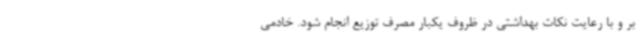
بر و با رعایت نکات بهداشتی در ظروف یکبار مصرف توزیع انجام شود. خادمی